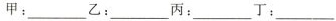
甲：____乙：____丙：___丁：___